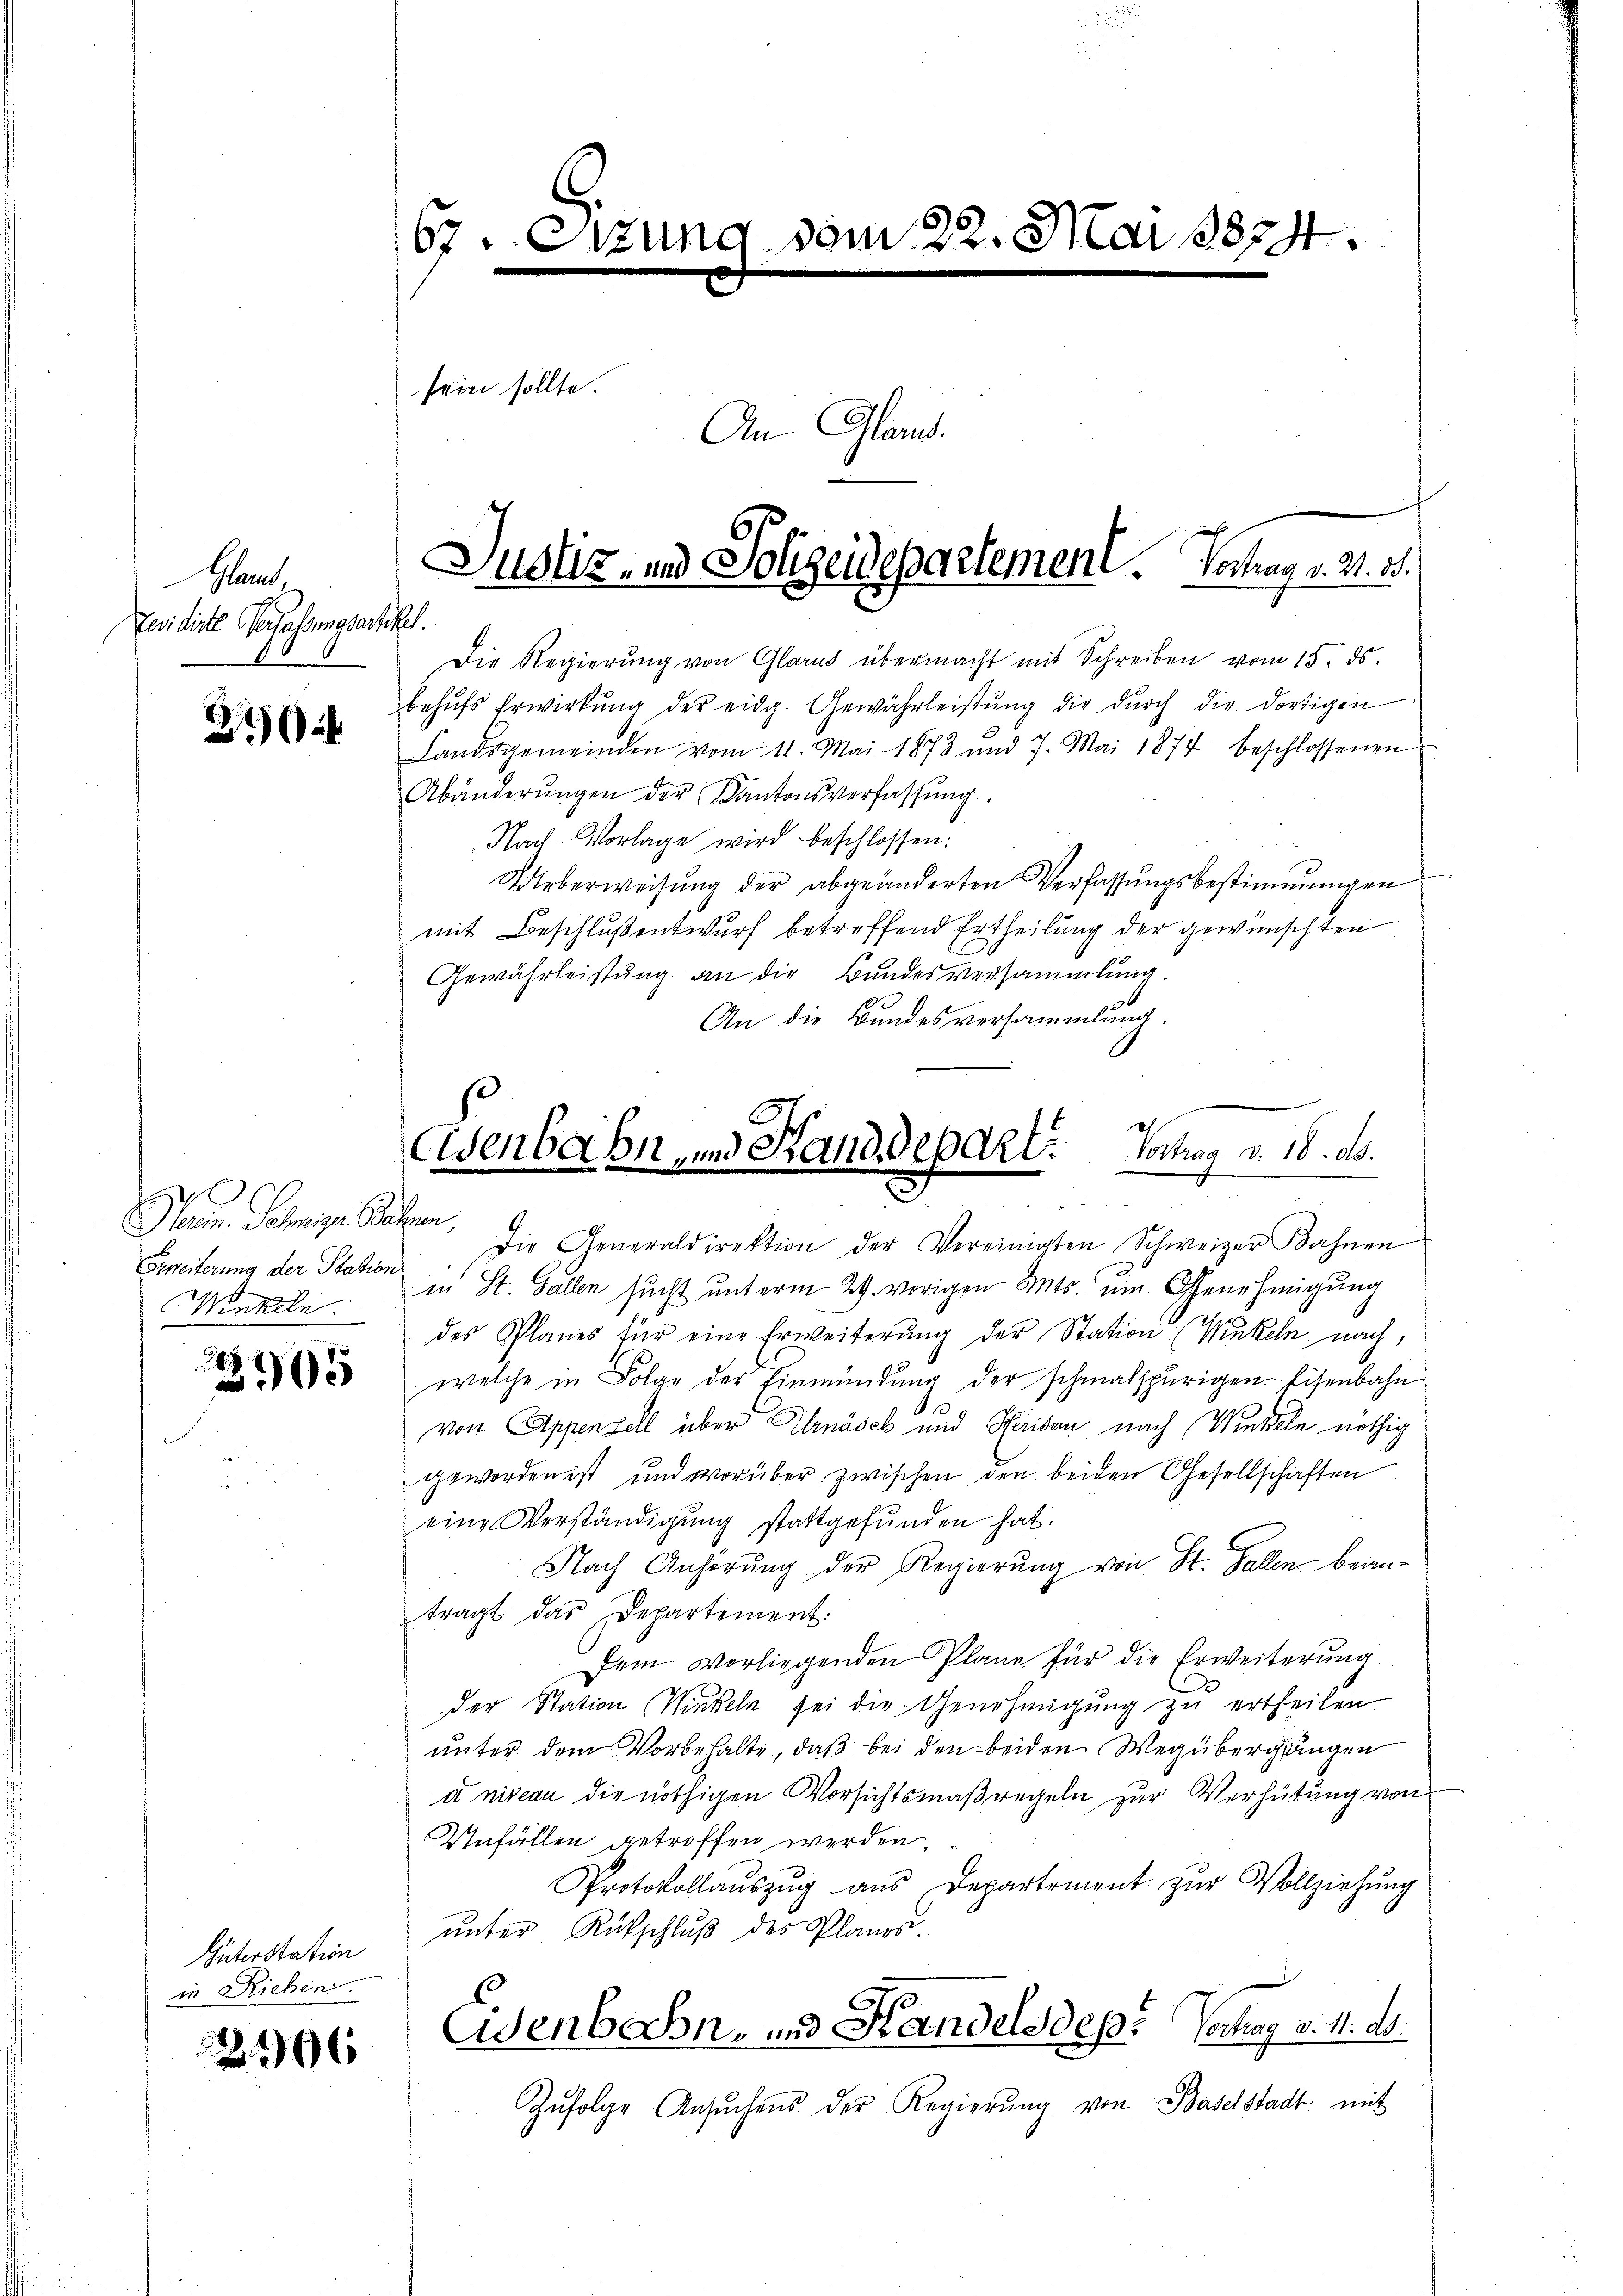
Gland
Zuidirte Verfassungsartikel.

27

Herein. Schweiger Bahnen,
Frweiterung der Station
Winkeln.

49
5

in Riehen.

2406

67 Etzung vom 22. Mai 1874.
sein sollte.
An Glas.

Die Regierung von Glarus übermacht mit Schreiben vom 15. ds.
behŭfs Erwirkŭng der eidg. Gewährleistŭng die dŭrch die dortigen
Landsgemeinden vom 11. Mai 1873 und 7. Mai 1874 beschlossenen
Abänderŭngen der Kantonsverfassŭng.
Nach Vorlage wird beschlossen:

Ueberweisung der abgeänderten Verfassungsbestimmungen
mit Beschlußentwurf betreffend Ertheilung der gewünschten
Gewährleistung an die Bundesversammlung.
An die Bundesversammlung.

Justiz- und Polizeidepartement. Vortrag v. 21. 3.

Eisenbahn, und Rand depart. Vortrag d. 18. ds.

Die Generaldirektion der Vereinigten Schweizer Bahnen
in St. Gallen sucht unterm 29. vorigen Mts. um Genehmigung
des Planes für eine Erweiterung der Station (Winkeln nach,
welche in Folge der Einmündung der schmalspurigen Eisenbahn
.
von Appenzell über Urnäsch und Heridau nach (Winkeln nöthig
geworden ist und worüber zwischen den beiden Gesellschaften
eine Verständigung stattgefŭnden hat.
Nach Anhörung der Regierung von St. Gallen beantragt das Departement.
Dem vorliegenden Pläne für die Erweiterung
der Station (Winkeln sei die Genehmigŭng zu ertheilen
unter dem Vorbehalte, daß bei den beiden Wegübergangen
uniseau die nöthigen Vorsichtsmaßregeln zur Verhütung von
Unfällen getroffen werden.
Protokollauszug aus Departement zur Vollziehung
Suterstation unter Rückschluß des Planes.
Eisenbahn- und Handels des Vertrag v. 11. ds.
Zŭfolge Ansŭchens der Regierŭng von Baselstadt mit